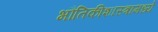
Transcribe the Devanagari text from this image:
भौतिकीशास्त्रामध्ये